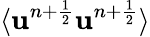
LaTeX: \langle\mathbf{u}^{n+\frac{{1}}{{2}}}\mathbf{u}^{n+\frac{{1}}{{2}}}\rangle